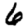
Digit: 6